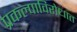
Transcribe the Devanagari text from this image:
प्रकल्पाविरोधात